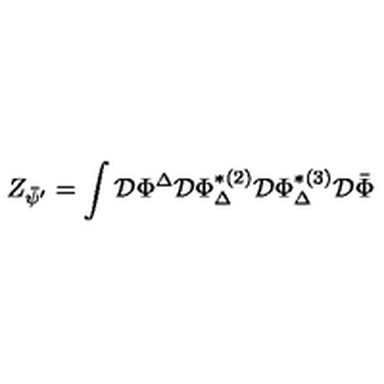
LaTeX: Z _ { \bar { \psi } ^ { \prime } } = \int \mathcal { D } \Phi ^ { \Delta } \mathcal { D } \Phi _ { \Delta } ^ { * ( 2 ) } \mathcal { D } \Phi _ { \Delta } ^ { * ( 3 ) } \mathcal { D } \bar { \Phi }